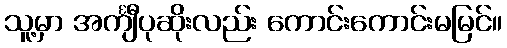
သူ့မှာ အင်္ကျီပုဆိုးလည်း ကောင်းကောင်းမမြင်။